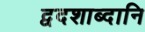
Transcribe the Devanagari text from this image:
द्वदशाब्दानि